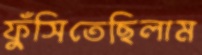
ফুঁসিতেছিলাম